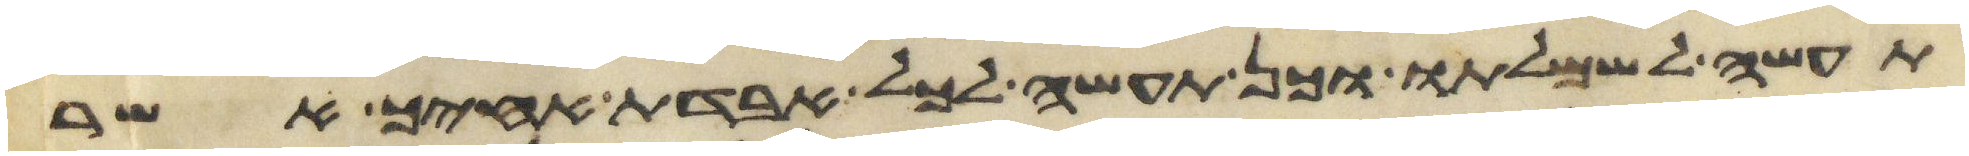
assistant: תעשה לשמלתו וכן תעשה לכל אבדת אחיך אשר